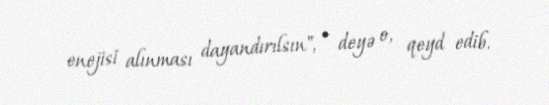
enejisi alınması dayandırılsın", - deyə o, qeyd edib.